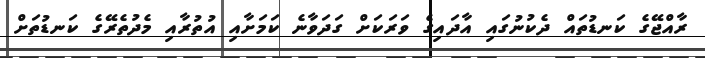
ރާއްޖޭގެ ކަނޑުތައް ދެކުނުގައި އާާދައިގެ ވަރަކަށް ގަދަވާނެ ކަމަށާއި އުތުރާއި މެދުތެރޭގެ ކަނޑުތަށް